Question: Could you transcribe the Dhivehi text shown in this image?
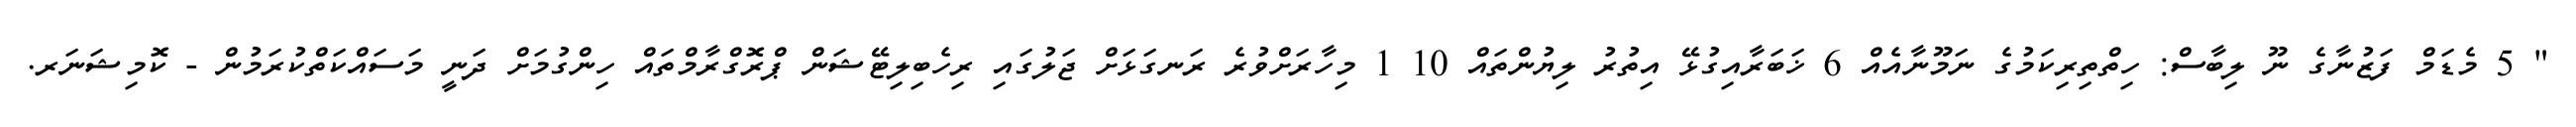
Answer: " 5 މެޑަމް ފަޒުނާގެ ނޫ ލިބާސް: ހިތްތިރިކަމުގެ ނަމޫނާއެއް 6 ޚަބަރާއިގުޅޭ އިތުރު ލިޔުންތައް 10 1 މިހާރަށްވުރެ ރަނގަޅަށް ޖަލުގައި ރިހެބިލިޓޭޝަން ޕްރޮގްރާމްތައް ހިންގުމަށް ދަނީ މަސައްކަތްކުރަމުން - ކޮމިޝަނަރ.